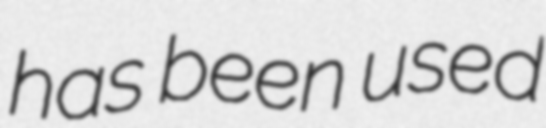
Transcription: has been used